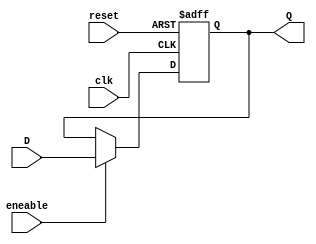
//Ejercicio 1: Flip Flop Tipo D de dos salidas
//Daniel Mundo
module FlipFlopD(input eneable, reset, clk, input D, output reg Q);
  always @ (posedge clk, posedge reset)
  begin
    if (reset) Q <= 1'b0;
    else if (eneable) Q <= D;
    end
endmodule //El modulo describe que durante el flanco positivo de "clk" va reali-
        //zar la operacion de comprobar si "reset" esta encendido o no, en caso
        //afirmativo la salida "Q" es igual a 0 sino es igual al valor en ese
        //instante de la entrada "D".
module FlipFlopD2(input eneable2, reset2, clk2,
                  input [1:0]D2, output wire [1:0]Q2);
  FlipFlopD f1(eneable2, reset2, clk2, D2[0], Q2[0]);
  FlipFlopD f2(eneable2, reset2, clk2, D2[1], Q2[1]);
endmodule   //Este modulo llama dos veces al modulo de FlipFlopD, lo que dife-
            //rencia a los dos modulos llamados es la entrada "D" y salida "Q".
module FlipFlopD4(input eneable3, reset3, clk3, input [3:0]D3,
                  output wire [3:0]Q3);
  FlipFlopD2 f3(eneable3, reset3, clk3, D3[1:0], Q3[1:0]);
  FlipFlopD2 f4(eneable3, reset3, clk3, D3[3:2], Q3[3:2]);
endmodule //Este modulo al igual que el anterior llama 2 veces al modulo
          //FlipFlopD2, teniendo asi una salida "Q" de 4 bits.